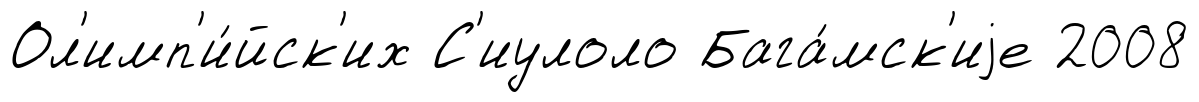
Ол'имп'и́йск'их С'иулоло Бага́мск'иjе 2008